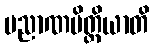
ပညာဏမိတ္ထိယာတိ